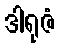
ဒါရုဇံ